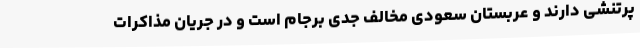
پرتنشی دارند و عربستان سعودی مخالف جدی برجام است و در جریان مذاکرات